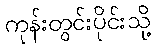
ကုန်းတွင်းပိုင်းသို့